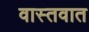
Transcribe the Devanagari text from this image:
वास्‍तवात